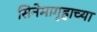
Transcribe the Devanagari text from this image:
सिनेमागृहाच्या